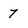
Character: 7